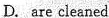
D.are cleaned